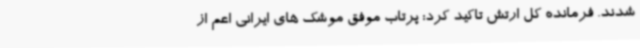
شدند. فرمانده کل ارتش تاکید کرد: پرتاب‌ موفق موشک های ایرانی اعم از